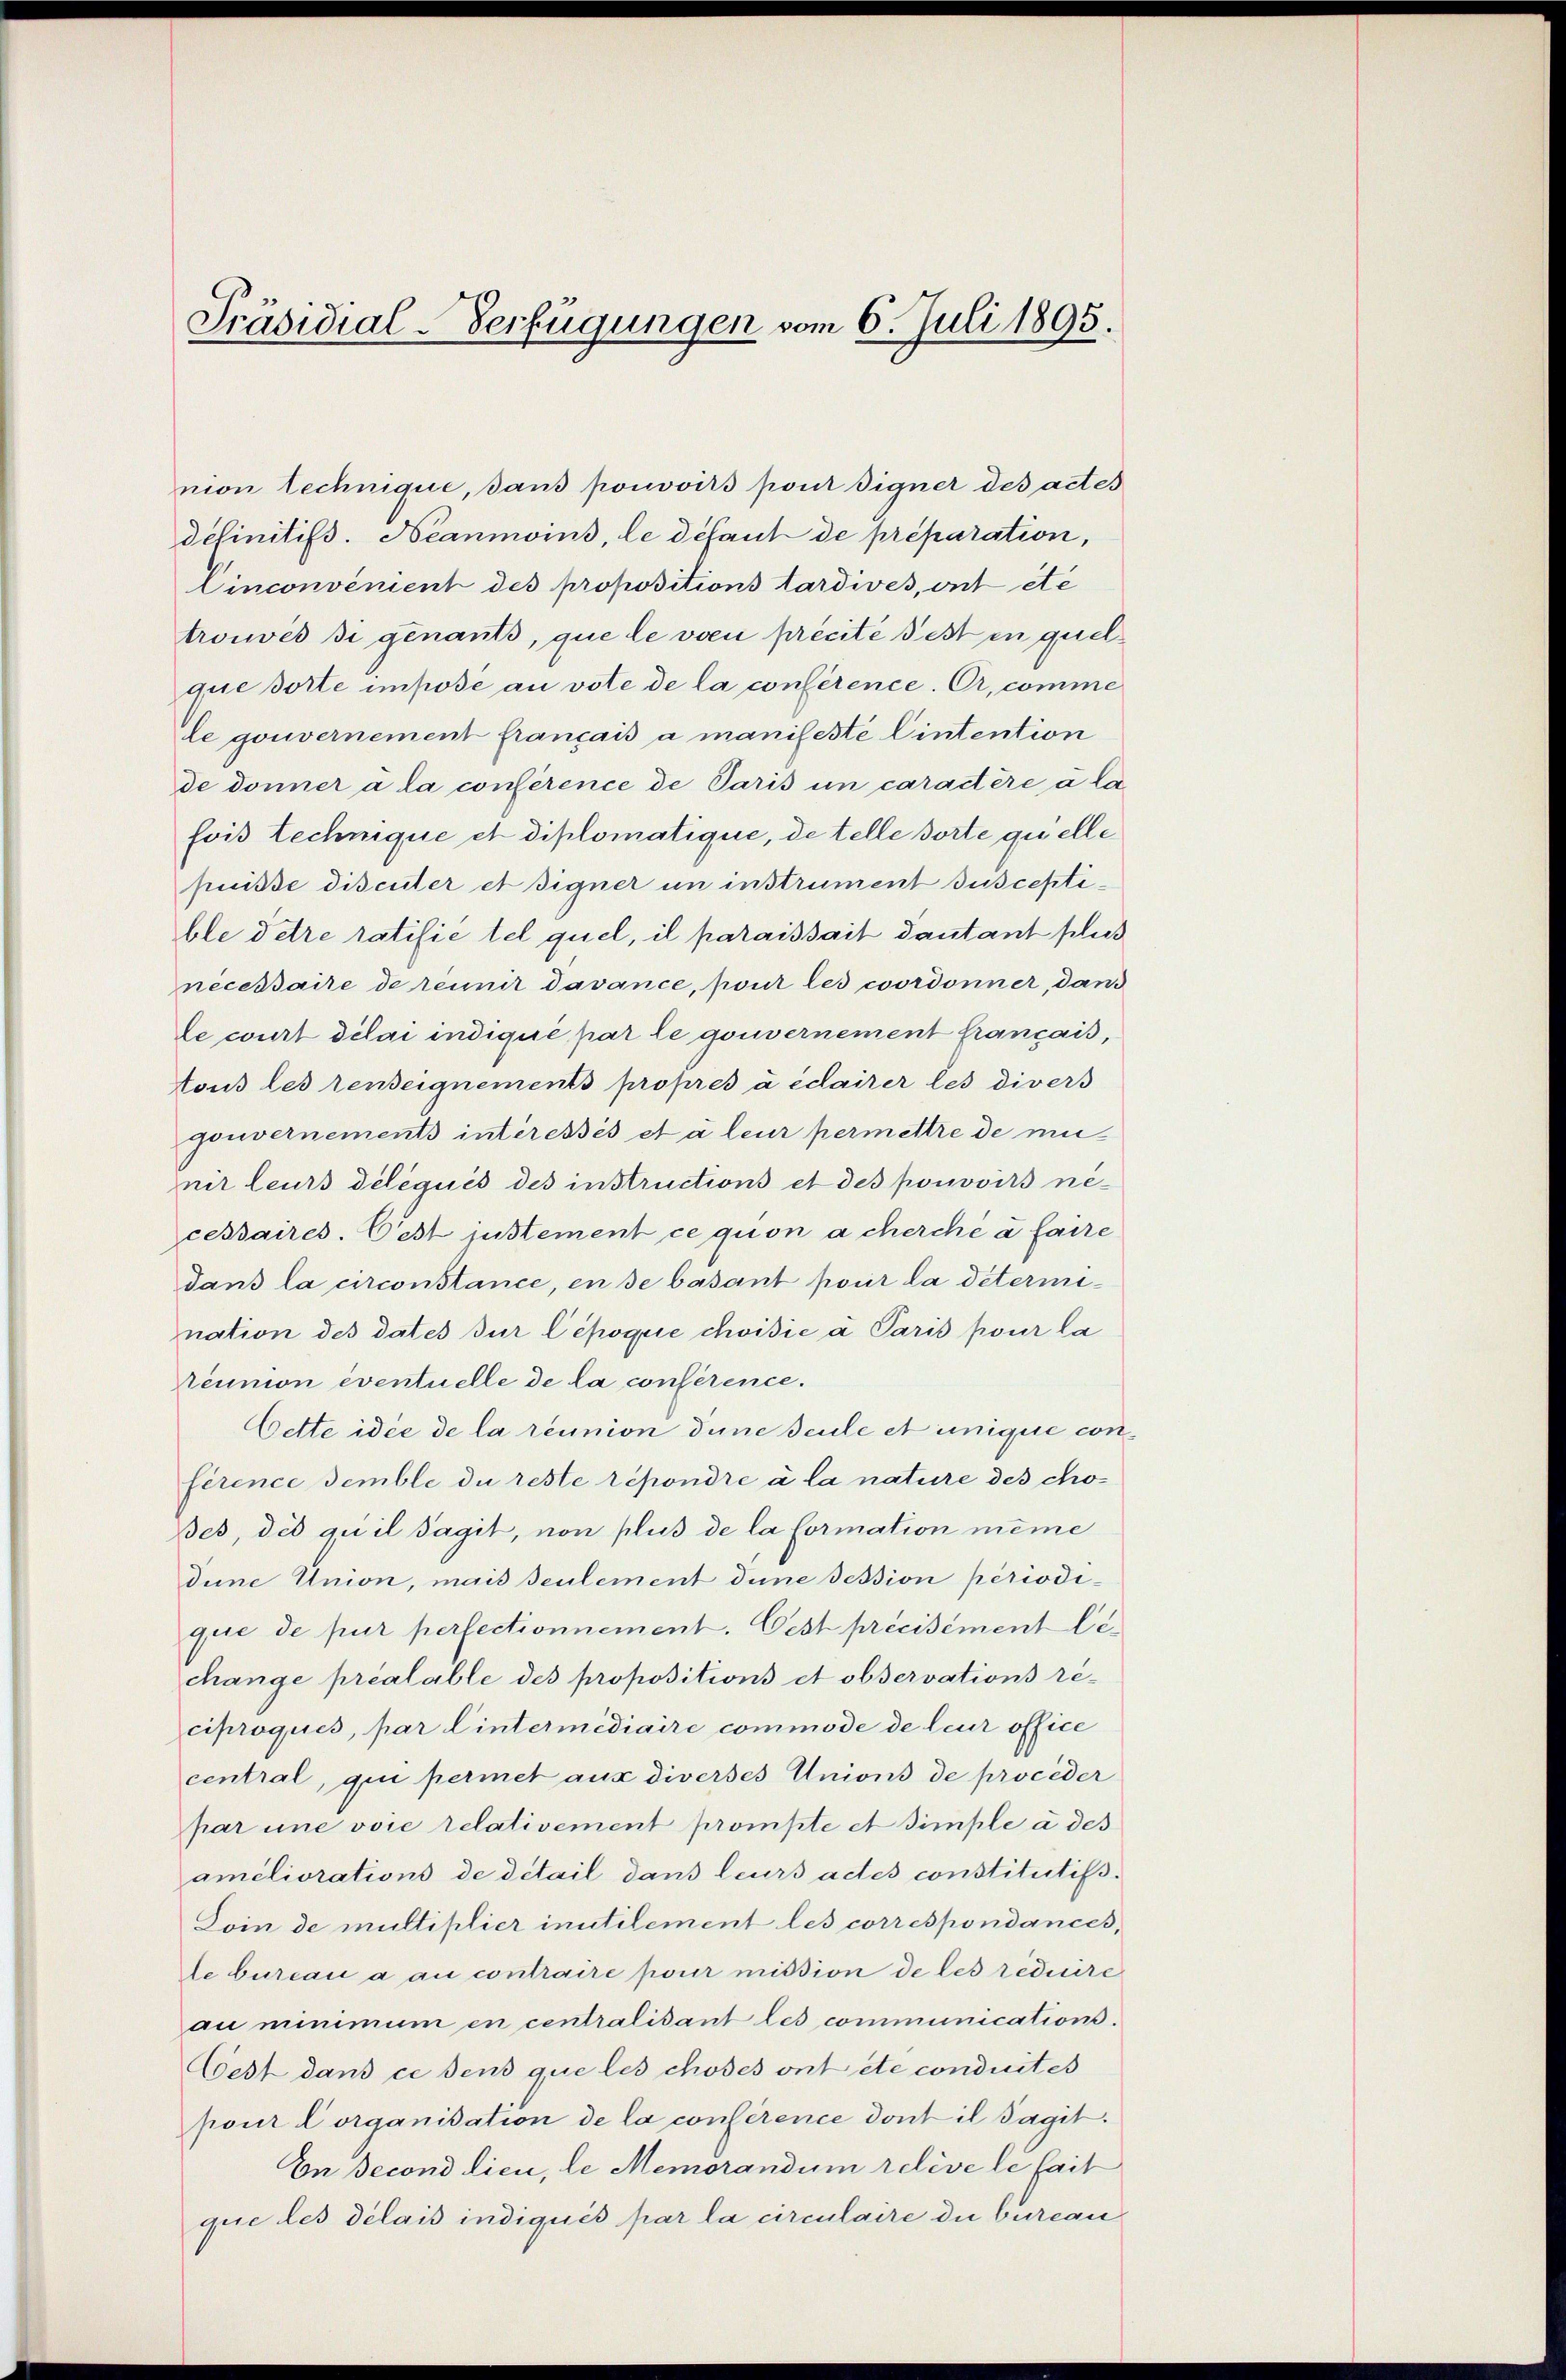
Präsidial-Verfügungen vom 6. Juli 1895.

nion technique, dans pouvoirs pour eigner des actes
definitifs. Néanmoins, le défaut de préparation,
Cinconvenient des propositions tardives, ont etc
trouvés si genants, que le von précité est in quelque dorte impose an vote de la conférence. Er, comme
le gouvernement français a manifeste Eintention
de donner a la conférence de Paris in caractère à la
fois Lechnique et diplomatique, de telle dorte quelle
pisse discuter et signer in instrument susceptible detre ratifié tel quel, il paraissait dautant plus
necessaire de renir davance, pour les coordonner, dans
te court délai indiqué par le gouvernement français,
tous les renteignements propres à écairer les divers
gouvernements intéressés et à leur permettre de mi
nir leurs délégués des instructions et des pouvoirs necessaires. Oest justement ce quon a cherché à faire
dans la circonstance, en de basant pour la détermination des dates zur Cépoque choisie a Paris pour la
éunion eventuelle de la conférence.
Cette idee de la réunion dune seule et unique conférence semble du reste répondre à la nature des cho¬
Bes, des qu’il sagit, non plus de la formation meine
dine Union, mais seulement dene Tession périodique de pur perfectionnement. Pest précisément lechange préalable des propositions et observations ré-
ciproques, par Eintermédiaire commode de leur office
central, qui permet aux diverses Unions de proceder
par une voie relativement prompte et simple à des
améliorations de detail dans leurs actes constitutifs.
Loin de multiplier inutilement les correspondances,
le bureau à au contraire pour mission de les rediure
au minimum en centralitant les communications.
Coest dans ce sens que les choses ont etc condirtes
pour Corganisation de la conférence dont il Tagit.
En second lieu, le Memorandum releve le fait
que les délais indiqués par la circulaire die burean¬